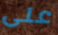
على